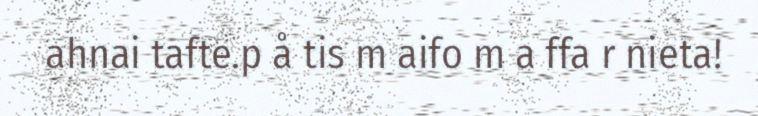
ahnai tafte.p å tis m aifo m a ffa r nieta!